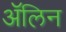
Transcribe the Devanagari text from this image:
ॲलिन